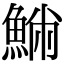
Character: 𩸁